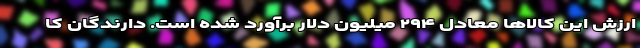
ارزش این کالاها معادل ۲۹۴ میلیون دلار برآورد شده است. دارندگان کا